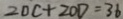
2 0 C + 2 0 D = 3 6